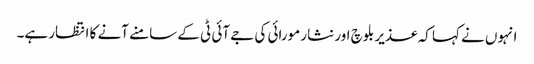
انہوں نے کہا کہ عذیر بلوچ اور نثار مورائی کی جے آئی ٹی کے سامنے آنے کا انتظار ہے۔